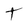
Character: T